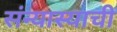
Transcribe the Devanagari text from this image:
संन्यास्याची